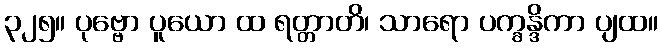
၃၂၅။ ပုဗ္ဗော ပူယော ထ ရတ္တာတိ၊ သာရော ပက္ခန္ဒိကာ ပျထ။